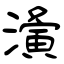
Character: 濥